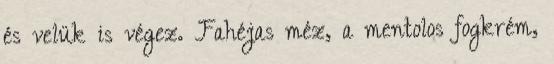
és velük is végez. Fahéjas méz, a mentolos fogkrém,